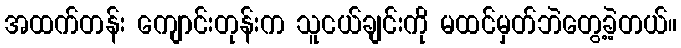
အထက်တန်း ကျောင်းတုန်းက သူငယ်ချင်းကို မထင်မှတ်ဘဲတွေ့ခဲ့တယ်။